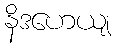
နိဒဟေယျ